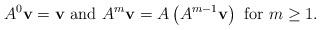
LaTeX: \begin{align*}A^0 {\bf v}={\bf v} \mbox{ and } A^m {\bf v}=A\left( A^{m-1} {\bf v} \right) \mbox{ for } m \ge 1.\end{align*}